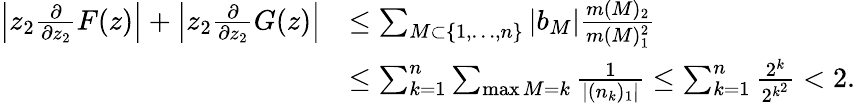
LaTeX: \begin{array}{rl}{\left|z_{2}\frac{\partial}{\partial z_{2}}F(z)\right|+\left|z_{2}\frac{\partial}{\partial z_{2}}G(z)\right|}&{\leq\sum_{M\subset\{ 1,\ldots,n\} }|b_{M}|\frac{m(M)_{2}}{m(M)_{1}^{2}}}\\ &{\leq\sum_{k=1}^{n}\sum_{\operatorname*{max}M=k}\frac{1}{|(n_{k})_{1}|}\leq\sum_{k=1}^{n}\frac{2^{k}}{2^{k^{2}}}<2.}\end{array}